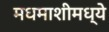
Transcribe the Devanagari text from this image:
मधमाशीमध्ये